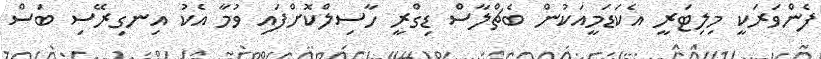
ފެންވަރަކީ މިލިޓަރީ އެކަޑަމީއަކުން ބެޗްލާސް ޑިގްރީ ހާސިލްކޮށްފައި ވުމާ އެކު އިނގިރޭސި ބަސް